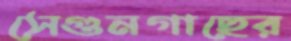
সেগুনগাছের